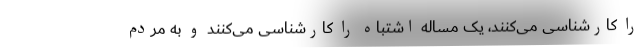
را کارشناسی می‌کنند، یک مساله اشتباه را کارشناسی می‌کنند و به مردم